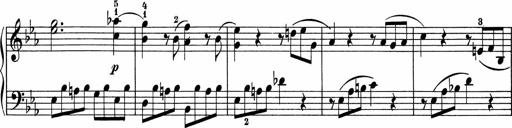
Title: 5 Sonatinen fÃ¼r die Jugend
Composer: Carl Reinecke